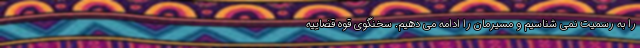
را به رسمیت نمی شناسیم و مسیرمان را ادامه می دهیم. سخنگوی قوه قضاییه